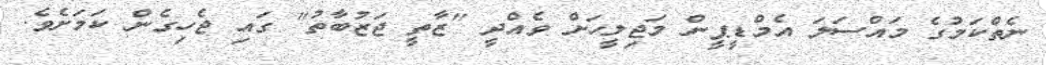
ނެތްކަމުގެ މައްސަލަ އެމްޑީޕީން މަޖިލީހަށް ވެއްދީ "ޒާތީ ޖަޒުބާތު" ގައި ޖެހިގެން ކަމަށެވެ.